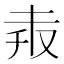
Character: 𠬼